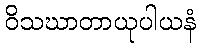
ဝိသဃာတာယုပါယနံ